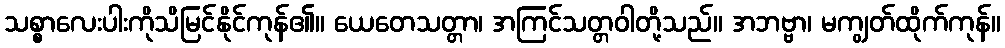
သစ္စာလေးပါးကိုသိမြင်နိုင်ကုန်၏။ ယေတေသတ္တာ၊ အကြင်သတ္တဝါတို့သည်။ အဘဗ္ဗာ၊ မကျွတ်ထိုက်ကုန်။